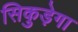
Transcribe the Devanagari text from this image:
सिकुड़ेगा